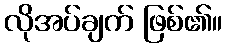
လိုအပ်ချက် ဖြစ်၏။